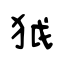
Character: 狘